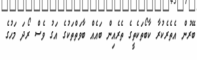
ބޭރުން އެތެރެކުރާ ކާބޯތަކެތީގެ ތެރެއިން ބައެއް ބާވަތްތަކުގެ އަގު ވެސް ރޯދަ މަހުގެ